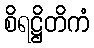
စိရဋ္ဌိတိကံ